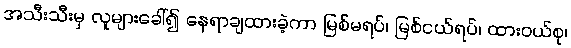
အသီးသီးမှ လူများခေါ်၍ နေရာချထားခဲ့ကာ မြစ်မရပ်၊ မြစ်ငယ်ရပ်၊ ထားဝယ်စု၊